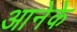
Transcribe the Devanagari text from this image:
आनेके